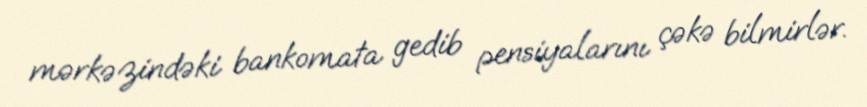
mərkəzindəki bankomata gedib pensiyalarını çəkə bilmirlər.